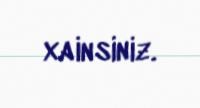
xainsiniz.